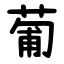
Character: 葡